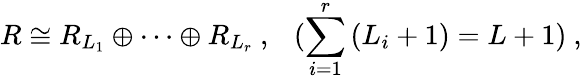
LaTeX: R\cong R_{L_{1}}\oplus\cdots\oplus R_{L_{r}}~,~~~(\sum_{i=1}^{r}\, (L_{i}+1)=L+1)~,